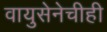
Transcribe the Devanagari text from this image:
वायुसेनेचीही